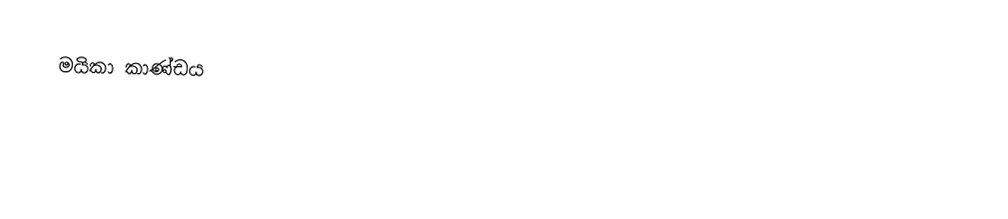
මයිකා කාණ්ඩය